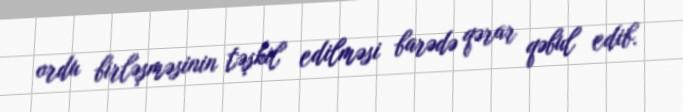
ordu birləşməsinin təşkil edilməsi barədə qərar qəbul edib.